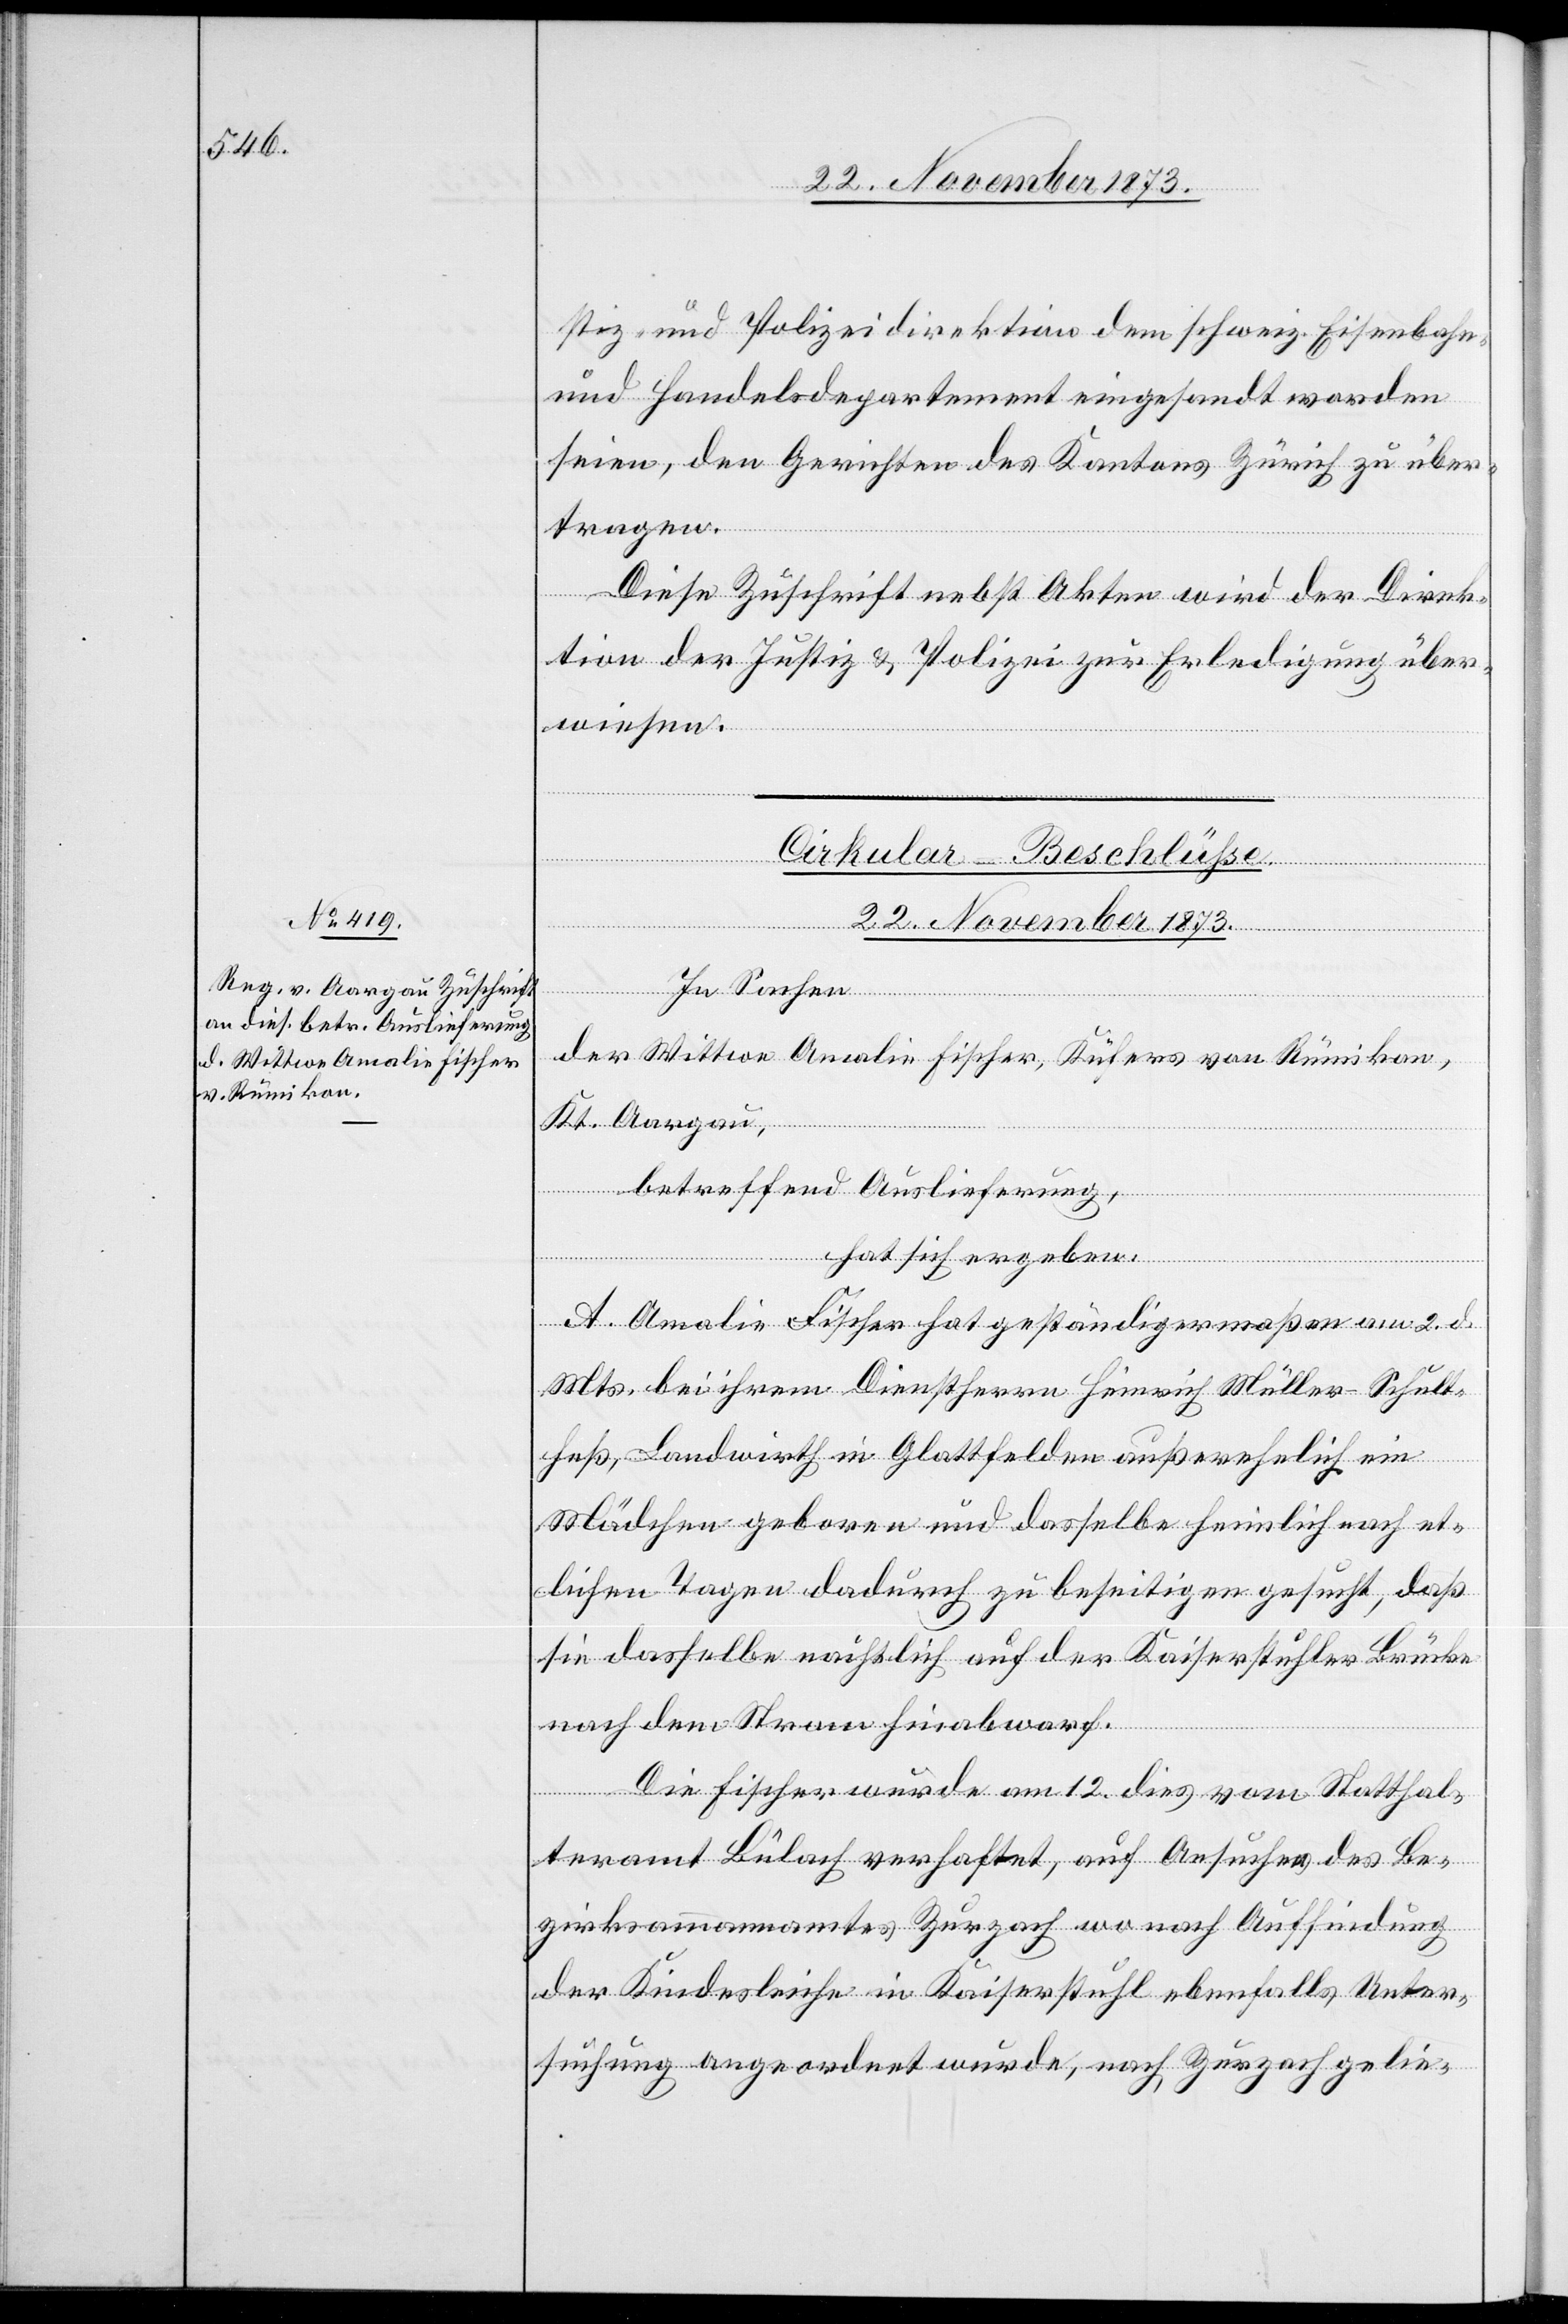
stiz- und Polizeidirektion dem schweiz. Eisenbahn-
und Handelsdepartement eingesandt worden
seien, den Gerichten des Kantons Zürich zu über¬
tragen.
Diese Zuschrift nebst Akten wird der Direk¬
tion der Justiz & Polizei zur Erledigung über¬
wiesen.
Cirkular-Beschlüsse.
22. November 1873.
In Sachen
der Wittwe Amalie Fischer, Küfers von Rümikon,
Kt. Aargau,
betreffend Auslieferung,
hat sich ergeben:
A. Amalie Fischer hat geständigermaßen am 2. d.
Mts. bei ihrem Dienstherrn Heinrich Müller-Schult¬
heß, Landwirth in Glattfelden außerehelich ein
Mädchen geboren und dasselbe heimlich nach et¬
lichen Tagen dadurch zu beseitigen gesucht, daß
sie dasselbe nächtlich auf der Kaiserstuhler Brücke
nach dem Strom hinabwarf.
Die Fischer wurde am 12. dies vom Statthal¬
teramt Bülach verhaftet, auf Ansuchen des Be¬
zirksammannamtes Zurzach wo nach Auffindung
der Kindesleiche in Kaiserstuhl ebenfalls Unter¬
suchung angeordnet wurde, nach Zurzach gelie-